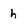
Character: h